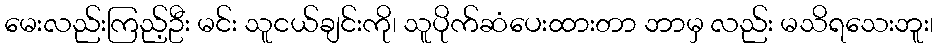
မေးလည်းကြည့်ဦး မင်း သူငယ်ချင်းကို၊ သူပိုက်ဆံပေးထားတာ ဘာမှ လည်း မသိရသေးဘူး၊